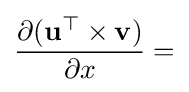
{\frac {\partial (\mathbf {u} ^{\top }\times \mathbf {v} )}{\partial x}}=